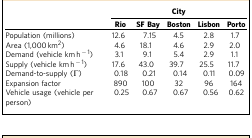
<table><thead><tr><td><b> </b></td><td colspan="5"><b>City</b></td></tr><tr><td><b> </b></td><td><b>Rio</b></td><td><b>SF Bay</b></td><td><b>Boston</b></td><td><b>Lisbon</b></td><td><b>Porto</b></td></tr></thead><tbody><tr><td>Population (millions)</td><td>12.6</td><td>7.15</td><td>4.5</td><td>2.8</td><td>1.7</td></tr><tr><td>Area (1,000 km<sup>2</sup>)</td><td>4.6</td><td>18.1</td><td>4.6</td><td>2.9</td><td>2.0</td></tr><tr><td>Demand (vehicle km h<sup>−1</sup>)</td><td>3.1</td><td>9.1</td><td>5.4</td><td>2.9</td><td>1.1</td></tr><tr><td>Supply (vehicle km h<sup>−1</sup>)</td><td>17.6</td><td>43.0</td><td>39.7</td><td>25.5</td><td>11.7</td></tr><tr><td>Demand-to-supply (Γ)</td><td>0.18</td><td>0.21</td><td>0.14</td><td>0.11</td><td>0.09</td></tr><tr><td>Expansion factor</td><td>890</td><td>100</td><td>32</td><td>96</td><td>164</td></tr><tr><td>Vehicle usage (vehicle per person)</td><td>0.25</td><td>0.67</td><td>0.67</td><td>0.56</td><td>0.62</td></tr></tbody></table>